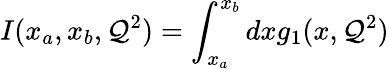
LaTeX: I(x_{a},x_{b},\mathcal{Q}^{2})=\int_{x_{a}}^{x_{b}}dxg_{1}(x,\mathcal{Q}^{2})